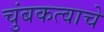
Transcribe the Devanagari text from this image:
चुंबकत्वाचे